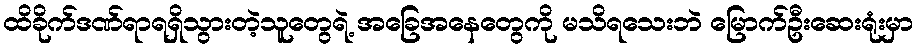
ထိခိုက်ဒဏ်ရာရရှိသွားတဲ့သူတွေရဲ့ အခြေအနေတွေကို မသိရသေးဘဲ မြောက်ဦးဆေးရုံးမှာ